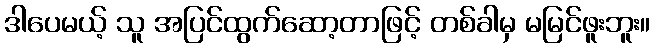
ဒါပေမယ့် သူ အပြင်ထွက်ဆော့တာဖြင့် တစ်ခါမှ မမြင်ဖူးဘူး။